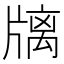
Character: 𤗫